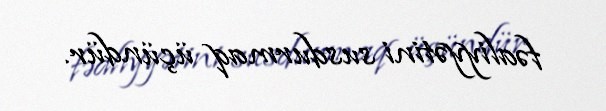
fəaliyyətini susdurmaq üçündür.